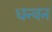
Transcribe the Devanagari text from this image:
धन्वन